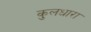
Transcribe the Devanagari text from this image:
कुलधारा